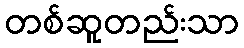
တစ်ဆူတည်းသာ